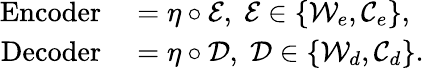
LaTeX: \begin{array}{rl}{\operatorname{Encoder}}&{{}=\eta\circ\mathcal{E},\; \mathcal{E}\in\{ \mathcal{W}_{e},\mathcal{C}_{e}\} ,}\\ {\operatorname{Decoder}}&{{}=\eta\circ\mathcal{D},\; \mathcal{D}\in\{ \mathcal{W}_{d},\mathcal{C}_{d}\} .}\end{array}